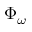
\Phi _ { \omega }